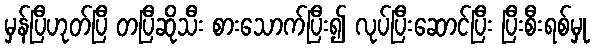
မှန်ပြီဟုတ်ပြီ တပြီဆိုသီး စားသောက်ပြီး၍ လုပ်ပြီးဆောင်ပြီး ပြီးစီးရစ်မှု